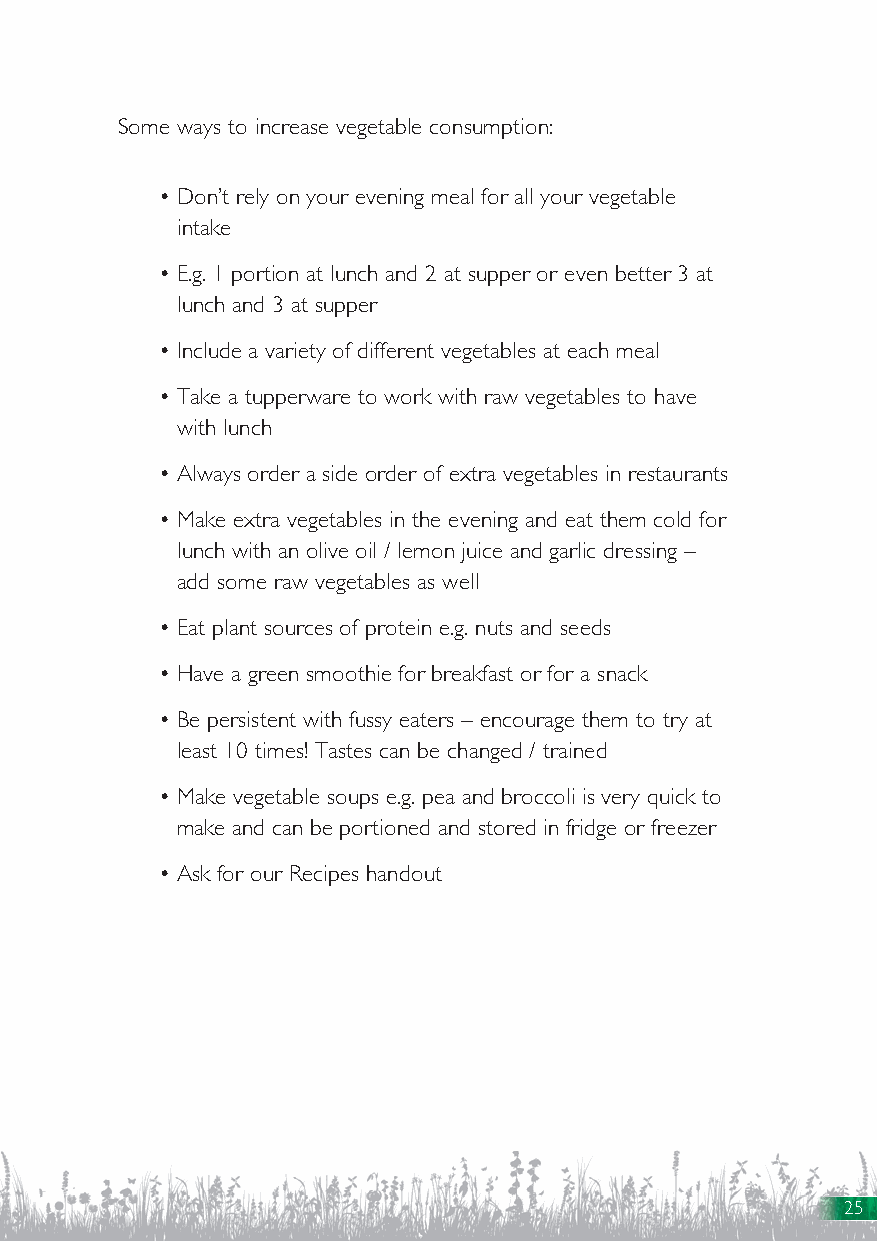
Some ways to increase vegetable consumption:
 • Don’t rely on your evening meal for all your vegetable
 intake
 • E.g. 1 portion at lunch and 2 at supper or even better 3 at
 lunch and 3 at supper
 • Include a variety of different vegetables at each meal
 • Take a tupperware to work with raw vegetables to have
 with lunch
 • Always order a side order of extra vegetables in restaurants
 • Make extra vegetables in the evening and eat them cold for
 lunch with an olive oil / lemon juice and garlic dressing –
 add some raw vegetables as well
 • Eat plant sources of protein e.g. nuts and seeds
 • Have a green smoothie for breakfast or for a snack
 • Be persistent with fussy eaters – encourage them to try at
 least 10 times! Tastes can be changed / trained
 • Make vegetable soups e.g. pea and broccoli is very quick to
 make and can be portioned and stored in fridge or freezer
 • Ask for our Recipes handout
 25